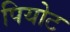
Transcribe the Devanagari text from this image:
पियोट